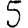
Digit: 5